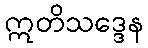
ဣတိသဒ္ဒေန